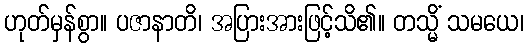
ဟုတ်မှန်စွာ။ ပဇာနာတိ၊ အပြားအားဖြင့်သိ၏။ တသ္မိံ သမယေ၊